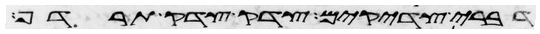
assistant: דברי צדקים צדק צדק תרדף